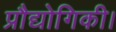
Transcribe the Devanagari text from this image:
प्रौद्योगिकी।